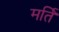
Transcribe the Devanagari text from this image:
मर्ति